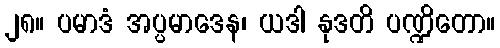
၂၈။ ပမာဒံ အပ္ပမာဒေန၊ ယဒါ နုဒတိ ပဏ္ဍိတော။